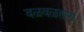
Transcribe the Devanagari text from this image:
वळवळताना